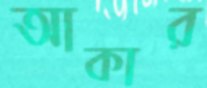
আকার